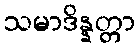
သမာဒိန္နတ္တာ